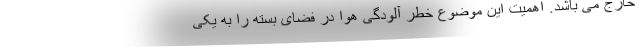
خارج می باشد. اهمیت این موضوع خطر آلودگی هوا در فضای بسته را به یکی